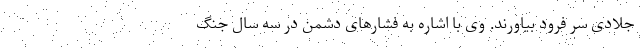
جلادی سر فرود بیاورند. وی با اشاره به فشارهای دشمن در سه سال جنگ